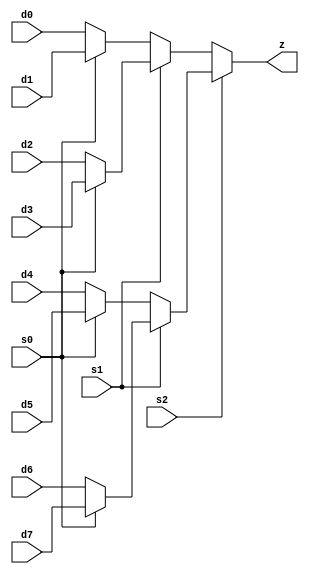
`timescale 1ns / 1ps
//////////////////////////////////////////////////////////////////////////////////
// Company: 
// Engineer: 
// 
// Design Name: 
// Module Name: mux_4to1
// Project Name: 
// Target Devices: 
// Tool Versions: 
// Description: 
// 
// Dependencies: 
// 
// Revision:
// Revision 0.01 - File Created
// Additional Comments:
// 
//////////////////////////////////////////////////////////////////////////////////


module mux_8to1 (s0, s1, s2, d0, d1, d2, d3, d4, d5, d6, d7, z);
//d0 = and -- 000
//d2 = or  -- 010
//d3 = xor -- 011
//d4 = add -- 100
//d5 = addi-- 101
//d4 = sub -- 010
//d1 = sll -- 001
//d6 = srl -- 110
//d7 = mult-- 111
input s0, s1, s2, d0, d1, d2, d3, d4, d5, d6, d7;   //deklarimi i inputave
output z;                                           // deklarimi i 'z' si output

assign z = s2 ? s1 ? (s0 ? d7 : d6 ) : (s0 ? d5 : d4)  : s1 ? (s0 ? d3 : d2 ) : (s0 ? d1: d0 ); 
endmodule